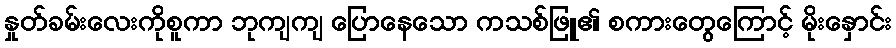
နှုတ်ခမ်းလေးကိုစူကာ ဘုကျကျ ပြောနေသော ကသစ်ဖြူ၏ စကားတွေကြောင့် မိုးနှောင်း